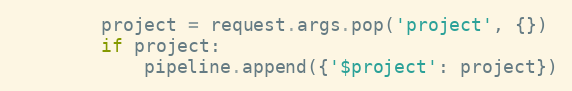
Language: Python
        project = request.args.pop('project', {})
        if project:
            pipeline.append({'$project': project})